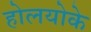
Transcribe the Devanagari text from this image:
होलयोके